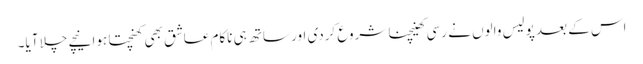
اس کے بعد پولیس والوں نے رسی کھینچنا شروع کردی اور ساتھ ہی ناکام عاشق بھی کھنچتا ہوا نیچے چلا آیا۔